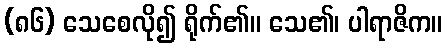
(၈၆) သေစေလို၍ ရိုက်၏။ သေ၏၊ ပါရာဇိက။